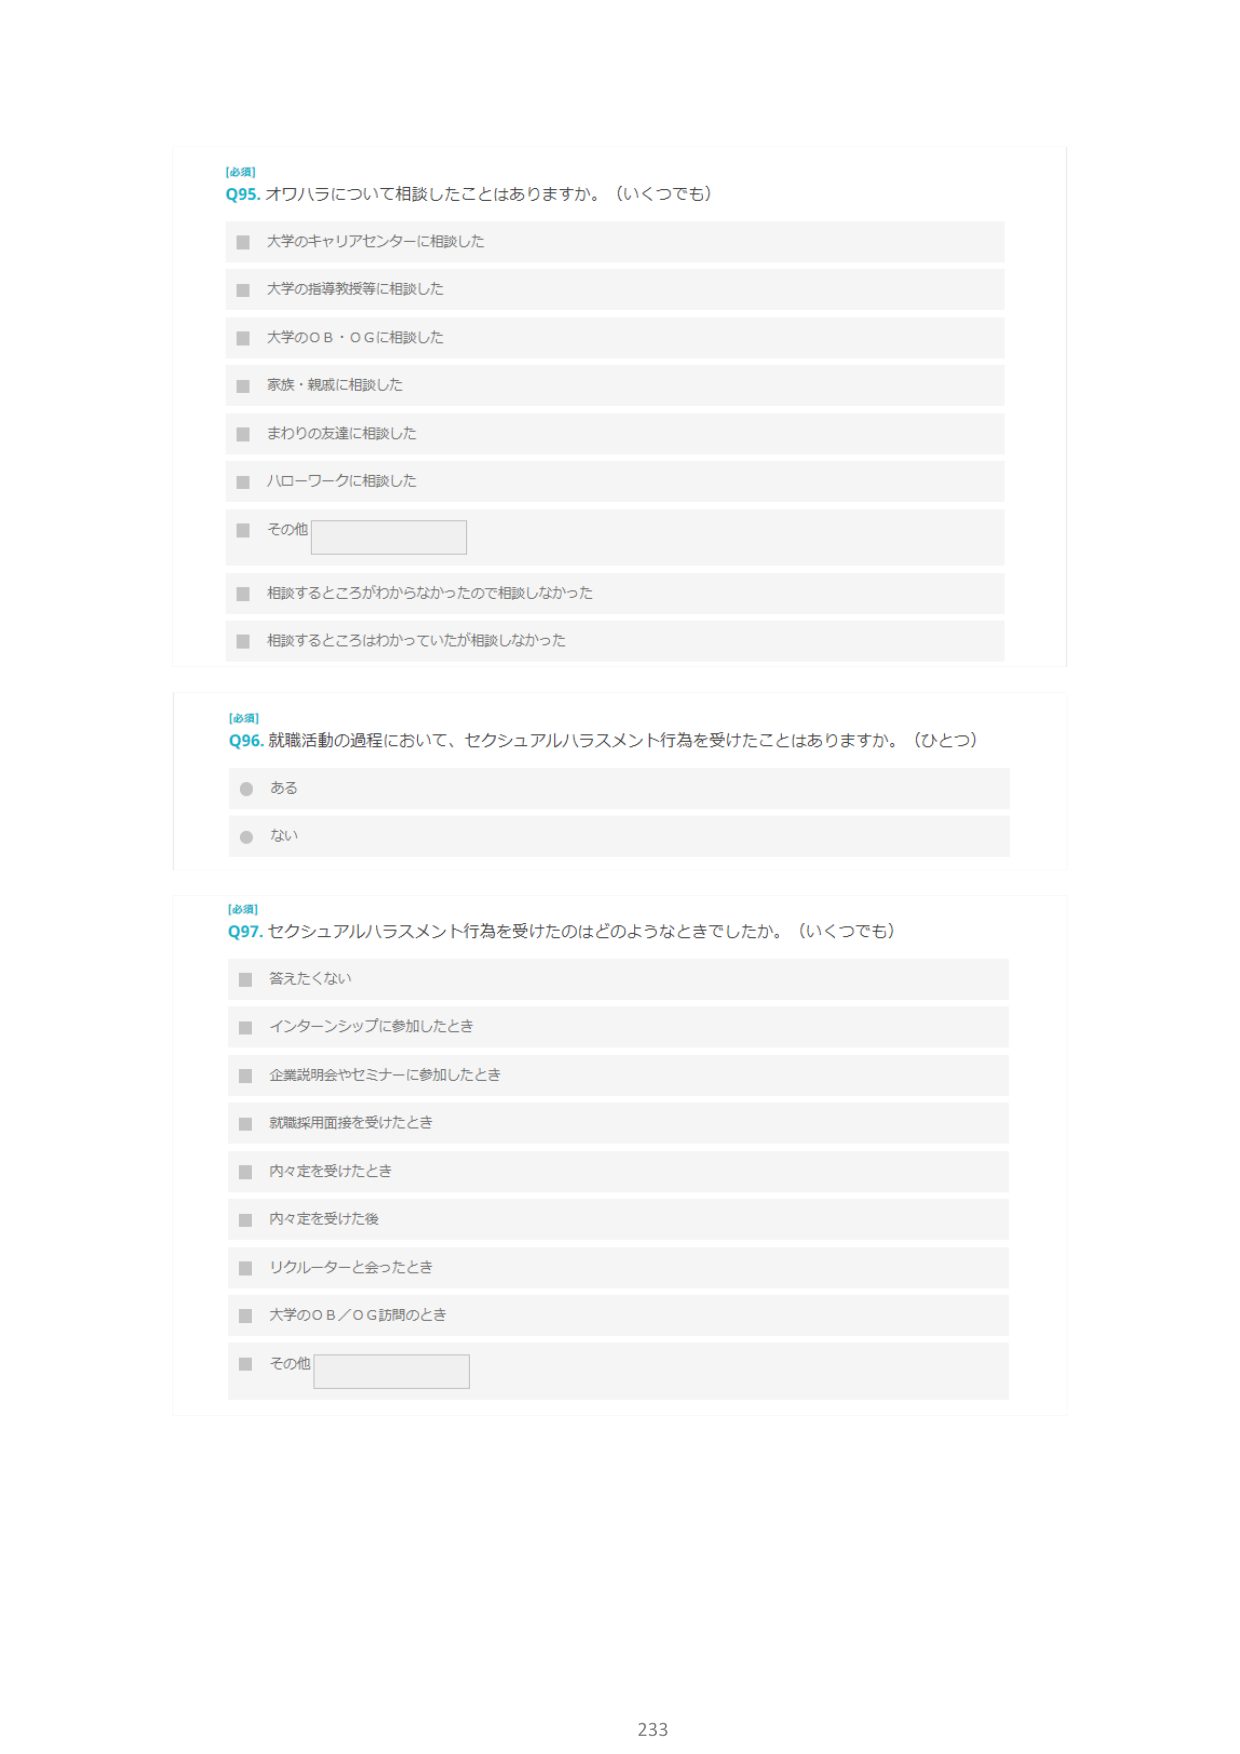
[必須]
Q95. オワハラについて相談したことはありますか。（いくつでも）
■ 大学のキャリアセンターに相談した
■ 大学の指導教授等に相談した
■ 大学のＯＢ・ＯＧに相談した
■ 家族・親戚に相談した
■ まわりの友達に相談した
■ ハローワークに相談した
■ その他 [空欄]
■ 相談するところがわからなかったので相談しなかった
■ 相談するところはわかっていたが相談しなかった

[必須]
Q96. 就職活動の過程において、セクシュアルハラスメント行為を受けたことはありますか。（ひとつ）
○ ある
○ ない

[必須]
Q97. セクシュアルハラスメント行為を受けたのはどのようなときでしたか。（いくつでも）
■ 答えたくない
■ インターンシップに参加したとき
■ 企業説明会やセミナーに参加したとき
■ 就職採用面接を受けたとき
■ 内々定を受けたとき
■ 内々定を受けた後
■ リクルーターと会ったとき
■ 大学のＯＢ／ＯＧ訪問のとき
■ その他 [空欄]

233